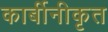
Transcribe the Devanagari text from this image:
कार्बीनीकृत